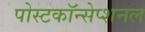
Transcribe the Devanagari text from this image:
पोस्टकॉन्सेप्शनल